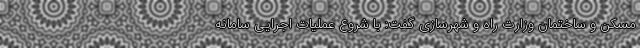
مسکن و ساختمان وزارت راه و شهرسازی گفت: با شروع عملیات اجرایی سامانه